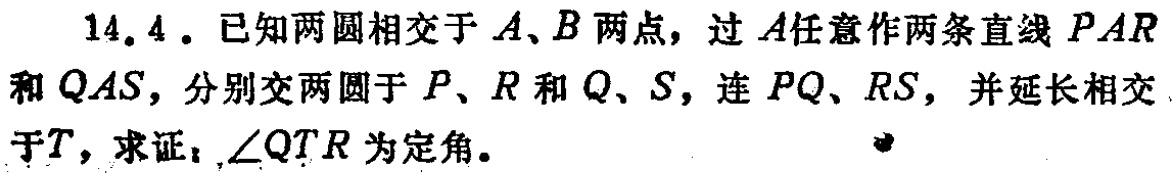
14.4. 已知两圆相交于\(A\)、\(B\)两点，过\(A\)任意作两条直线\(PAR\)和\(QAS\)，分别交两圆于\(P\)、\(R\)和\(Q\)、\(S\)，连\(PQ\)、\(RS\)，并延长相交于\(T\)，求证：\(\angle QTR\)为定角。